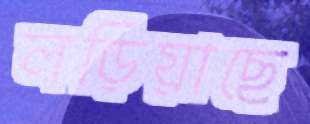
লড়িয়াছে